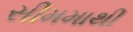
સીમમાથી